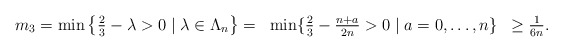
\begin{align*}\begin{array}{rcl}m_3 = \min\big\{ {2 \over 3} - \lambda > 0\;|\; \lambda \in \Lambda_n \big\} = & \min\{ {2 \over 3} - {n + a \over 2n} > 0\;|\; a = 0, \ldots, n \} & \geq {1 \over 6n}.\end{array}\end{align*}